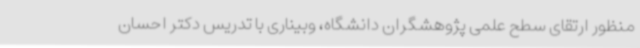
منظور ارتقای سطح علمی پژوهشگران دانشگاه، وبیناری با تدریس دکتر احسان